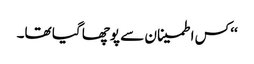
‘‘ کس اطمینان سے پوچھا گیا تھا۔